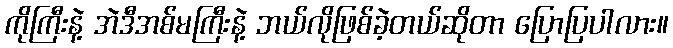
ကိုကြီးနဲ့ အဲဒီအစ်မကြီးနဲ့ ဘယ်လိုဖြစ်ခဲ့တယ်ဆိုတာ ပြောပြပါလား။